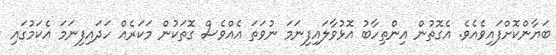
ބަޔާންކޮށްފައިވެއެވެ. އެގޮތުން އިންތިހާބު އޮޅުވާލައިފިނަމަ ނުވަތަ އެއްވެސް ގޮތަކުން މަކަރެއް ހަދައިފިނަމަ އެކަމުގައި